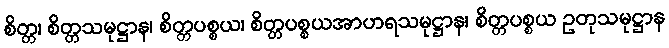
စိတ္တ၊ စိတ္တသမုဋ္ဌာန၊ စိတ္တပစ္စယ၊ စိတ္တပစ္စယအာဟရသမုဋ္ဌာန၊ စိတ္တပစ္စယ ဥတုသမုဋ္ဌာန